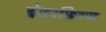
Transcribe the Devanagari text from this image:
इंटरफ़िल्म